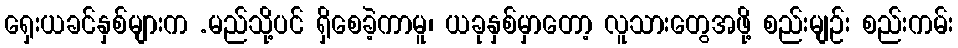
ရှေးယခင်နှစ်များက .မည်သို့ပင် ရှိစေခဲ့ကာမူ၊ ယခုနှစ်မှာတော့ လူသားတွေအဖို့ စည်းမျဉ်း စည်းကမ်း